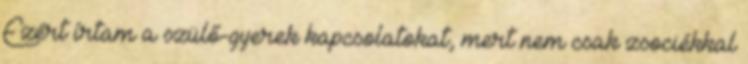
Ezért írtam a szülő-gyerek kapcsolatokat, mert nem csak zsociékkal